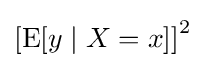
\left[\operatorname {E} [y\mid X=x]\right]^{2}